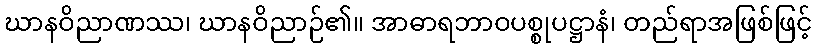
ဃာနဝိညာဏဿ၊ ဃာနဝိညာဉ်၏။ အာဓာရဘာဝပစ္စုပဋ္ဌာနံ၊ တည်ရာအဖြစ်ဖြင့်